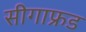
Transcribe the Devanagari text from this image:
सीगाफ्रड